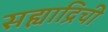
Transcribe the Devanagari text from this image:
सह्याद्रिची